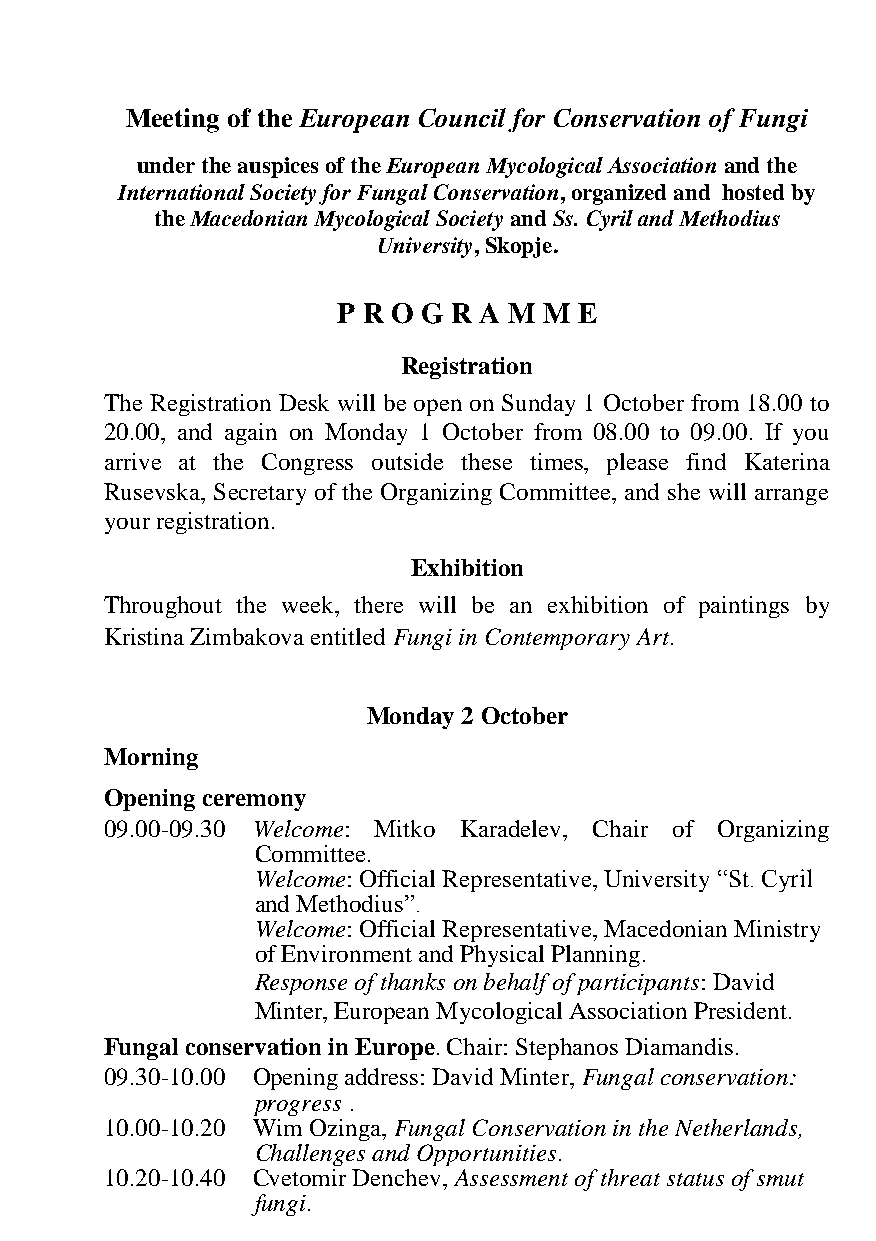
Meeting of the European Council for Conservation of Fungi
 under the auspices of the European Mycological Association and the
 International Society for Fungal Conservation, organized and hosted by
 the Macedonian Mycological Society and Ss. Cyril and Methodius
 University, Skopje.
 P R O G R A M M E
 Registration
 The Registration Desk will be open on Sunday 1 October from 18.00 to
 20.00, and again on Monday 1 October from 08.00 to 09.00. If you
 arrive at the Congress outside these times, please find Katerina
 Rusevska, Secretary of the Organizing Committee, and she will arrange
 your registration.
 Exhibition
 Throughout the week, there will be an exhibition of paintings by
 Kristina Zimbakova entitled Fungi in Contemporary Art.
 Monday 2 October
 Morning
 Opening ceremony
 09.00-09.30 Welcome: Mitko Karadelev, Chair of Organizing
 Committee.
 Welcome: Official Representative, University “St. Cyril
 and Methodius”.
 Welcome: Official Representative, Macedonian Ministry
 of Environment and Physical Planning.
 Response of thanks on behalf of participants: David
 Minter, European Mycological Association President.
 Fungal conservation in Europe. Chair: Stephanos Diamandis.
 09.30-10.00 Opening address: David Minter, Fungal conservation:
 progress .
 10.00-10.20 Wim Ozinga, Fungal Conservation in the Netherlands,
 Challenges and Opportunities.
 10.20-10.40 Cvetomir Denchev, Assessment of threat status of smut
 fungi.